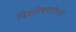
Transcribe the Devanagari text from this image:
विश्लेषणांच्या